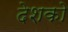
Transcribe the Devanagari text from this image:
देशको